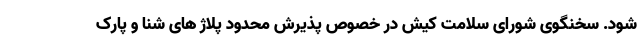
شود. سخنگوی شورای سلامت کیش در خصوص پذیرش محدود پلاژ های شنا و پارک